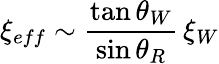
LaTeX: \xi_{eff}\sim{\frac{\tan\theta_{W}}{\sin\theta_{R}}}\, \xi_{W}